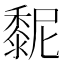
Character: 𪏸